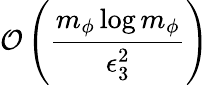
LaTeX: \mathcal{O}\left(\frac{m_{\phi}\log m_{\phi}}{\epsilon_{3}^{2}}\right)